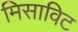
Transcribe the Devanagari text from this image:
मिसाविट